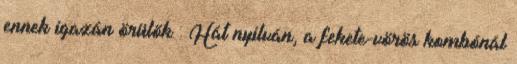
ennek igazán örülök : Hát nyilván, a fekete-vörös kombónál